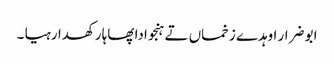
ابو ضرار اوہدے زخماں تے ہنجوادا پھاہا رکھدا رہیا ۔